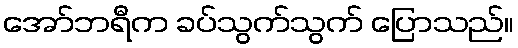
အော်ဘရီက ခပ်သွက်သွက် ပြောသည်။